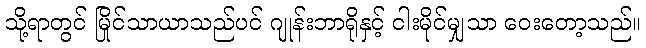
သို့ရာတွင် မြိုင်သာယာသည်ပင် ဂျုန်းဘာရိုနှင့် ငါးမိုင်မျှသာ ဝေးတော့သည်။